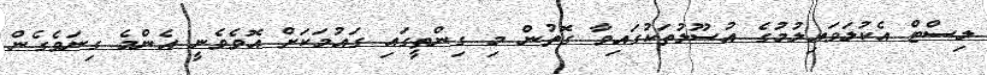
ލިސްޓް އެކުލަވައިލުމުގެ އުސޫލުތަކުގައިވާ ގޮތުން މި ގިންތީގައި ގައުމަކަށް އޮވެވެނީ އެންމެ ގިނަވެގެން